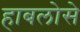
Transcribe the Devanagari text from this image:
हाबलोसे